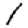
Digit: 1